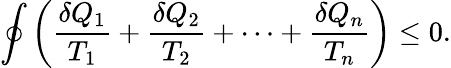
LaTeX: \oint\left({\frac{\delta Q_{1}}{T_{1}}}+{\frac{\delta Q_{2}}{T_{2}}}+\cdots+{\frac{\delta Q_{n}}{T_{n}}}\right)\leq 0.